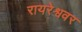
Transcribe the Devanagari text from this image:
रायरेश्ववर